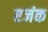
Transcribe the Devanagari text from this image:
एजंक